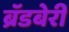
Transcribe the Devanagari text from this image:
ब्रॅडबेरी